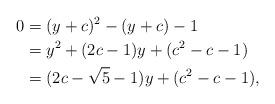
LaTeX: \begin{align*} 0 &= (y+c)^2 - (y+c) - 1\\ &= y^2 + (2c-1)y + (c^2-c-1)\\ &= (2c-\sqrt{5}-1)y + (c^2-c-1),\end{align*}